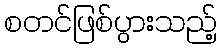
စတင်ဖြစ်ပွားသည့်